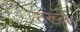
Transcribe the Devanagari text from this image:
तख्‍ते